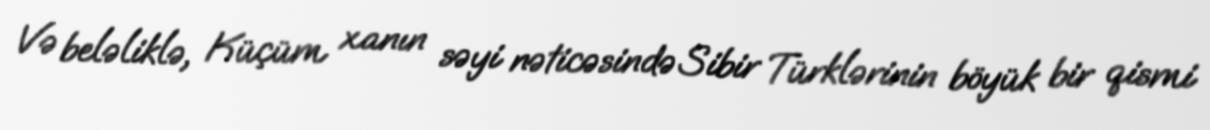
Və beləliklə, Küçüm xanın səyi nəticəsində Sibir Türklərinin böyük bir qismi